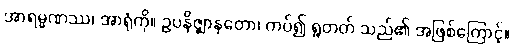
အာရမ္မဏဿ၊ အာရုံကို။ ဥပနိဇ္ဈာနတော၊ ကပ်၍ ရှုတတ် သည်၏ အဖြစ်ကြောင့်။